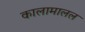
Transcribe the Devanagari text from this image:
कालामालल